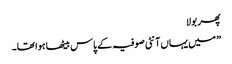
پھر بولا
” میں یہاں آنٹی صوفیہ کے پاس بیٹھا ہوا تھا۔